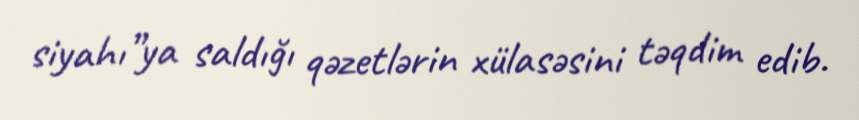
siyahı”ya saldığı qəzetlərin xülasəsini təqdim edib.